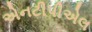
એનટીપીએલ